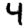
Digit: 4